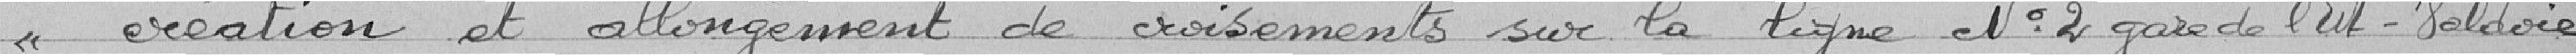
"création et allongement de croisements sur la ligne N° 2 gare de l'Est-Valdoie